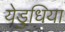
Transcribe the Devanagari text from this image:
येड़ुधिया